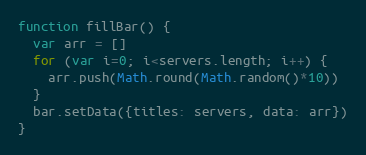
Language: JavaScript
function fillBar() {
  var arr = []
  for (var i=0; i<servers.length; i++) {
    arr.push(Math.round(Math.random()*10))
  }
  bar.setData({titles: servers, data: arr})
}